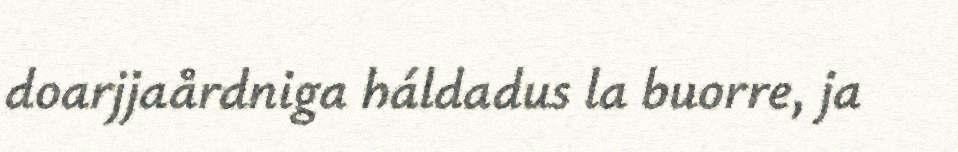
doarjjaårdniga háldadus la buorre, ja